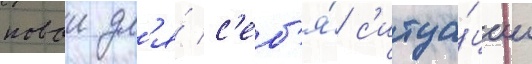
новои дл'я́ с'еб'я́ с'итуа́ции